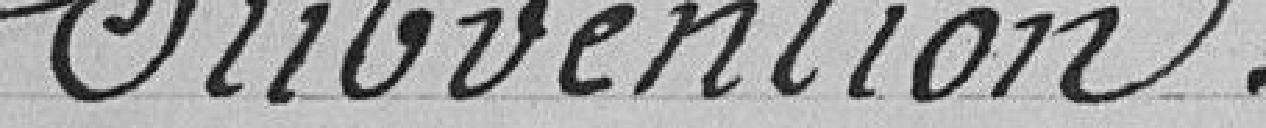
Subvention